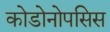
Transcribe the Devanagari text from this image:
कोडोनोपसिस